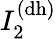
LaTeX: I_{2}^{\mathrm{(dh)}}